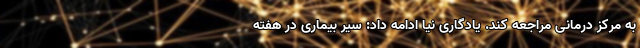
به مرکز درمانی مراجعه کند. یادگاری نیا ادامه داد: سیر بیماری در هفته